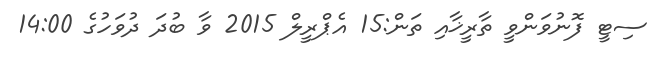
ސިޓީ ފޮނުވަންވީ ތާރީޚާއި ތަން:15 އެޕްރީލް 2015 ވާ ބުދަ ދުވަހުގެ 14:00